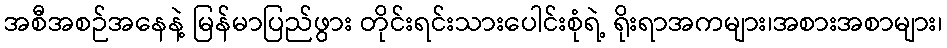
အစီအစဉ်အနေနဲ့ မြန်မာပြည်ဖွား တိုင်းရင်းသားပေါင်းစုံရဲ့ ရိုးရာအကများ၊အစားအစာများ၊